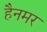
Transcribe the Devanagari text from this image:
हैनमर